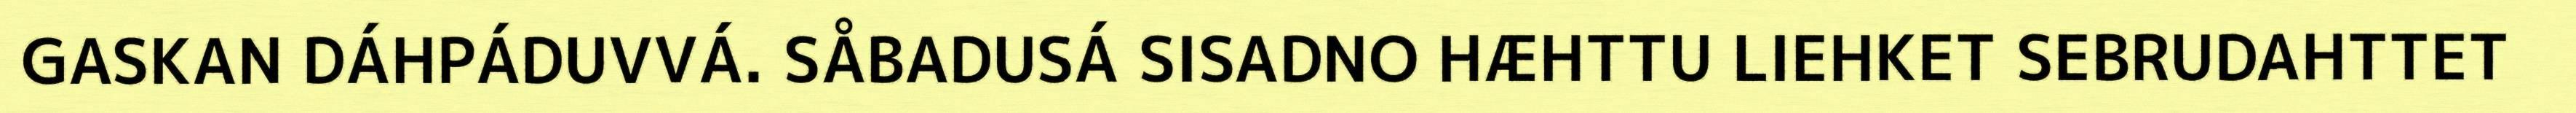
GASKAN DÁHPÁDUVVÁ. SÅBADUSÁ SISADNO HÆHTTU LIEHKET SEBRUDAHTTET